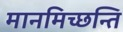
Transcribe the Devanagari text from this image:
मानमिच्छन्ति